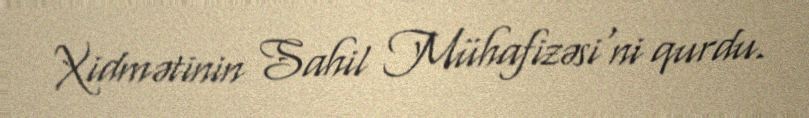
Xidmətinin Sahil Mühafizəsi'ni qurdu.